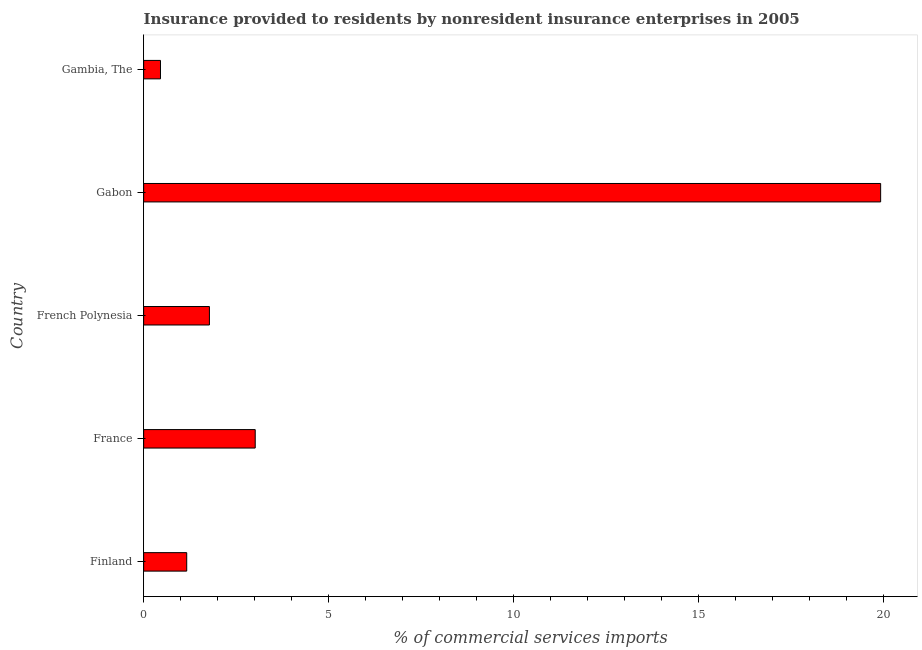
| Country | Insurance provided by non-residents |
 | --- | --- |
 | Finland | 1.16 |
 | France | 3.02 |
 | French Polynesia | 1.78 |
 | Gabon | 19.9 |
 | Gambia, The | 0.455 |